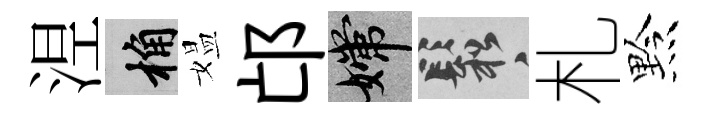
𣵀桷媪邙嫦鬆札黔